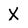
Character: X